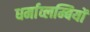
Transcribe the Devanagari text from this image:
धर्माव्लम्बियों